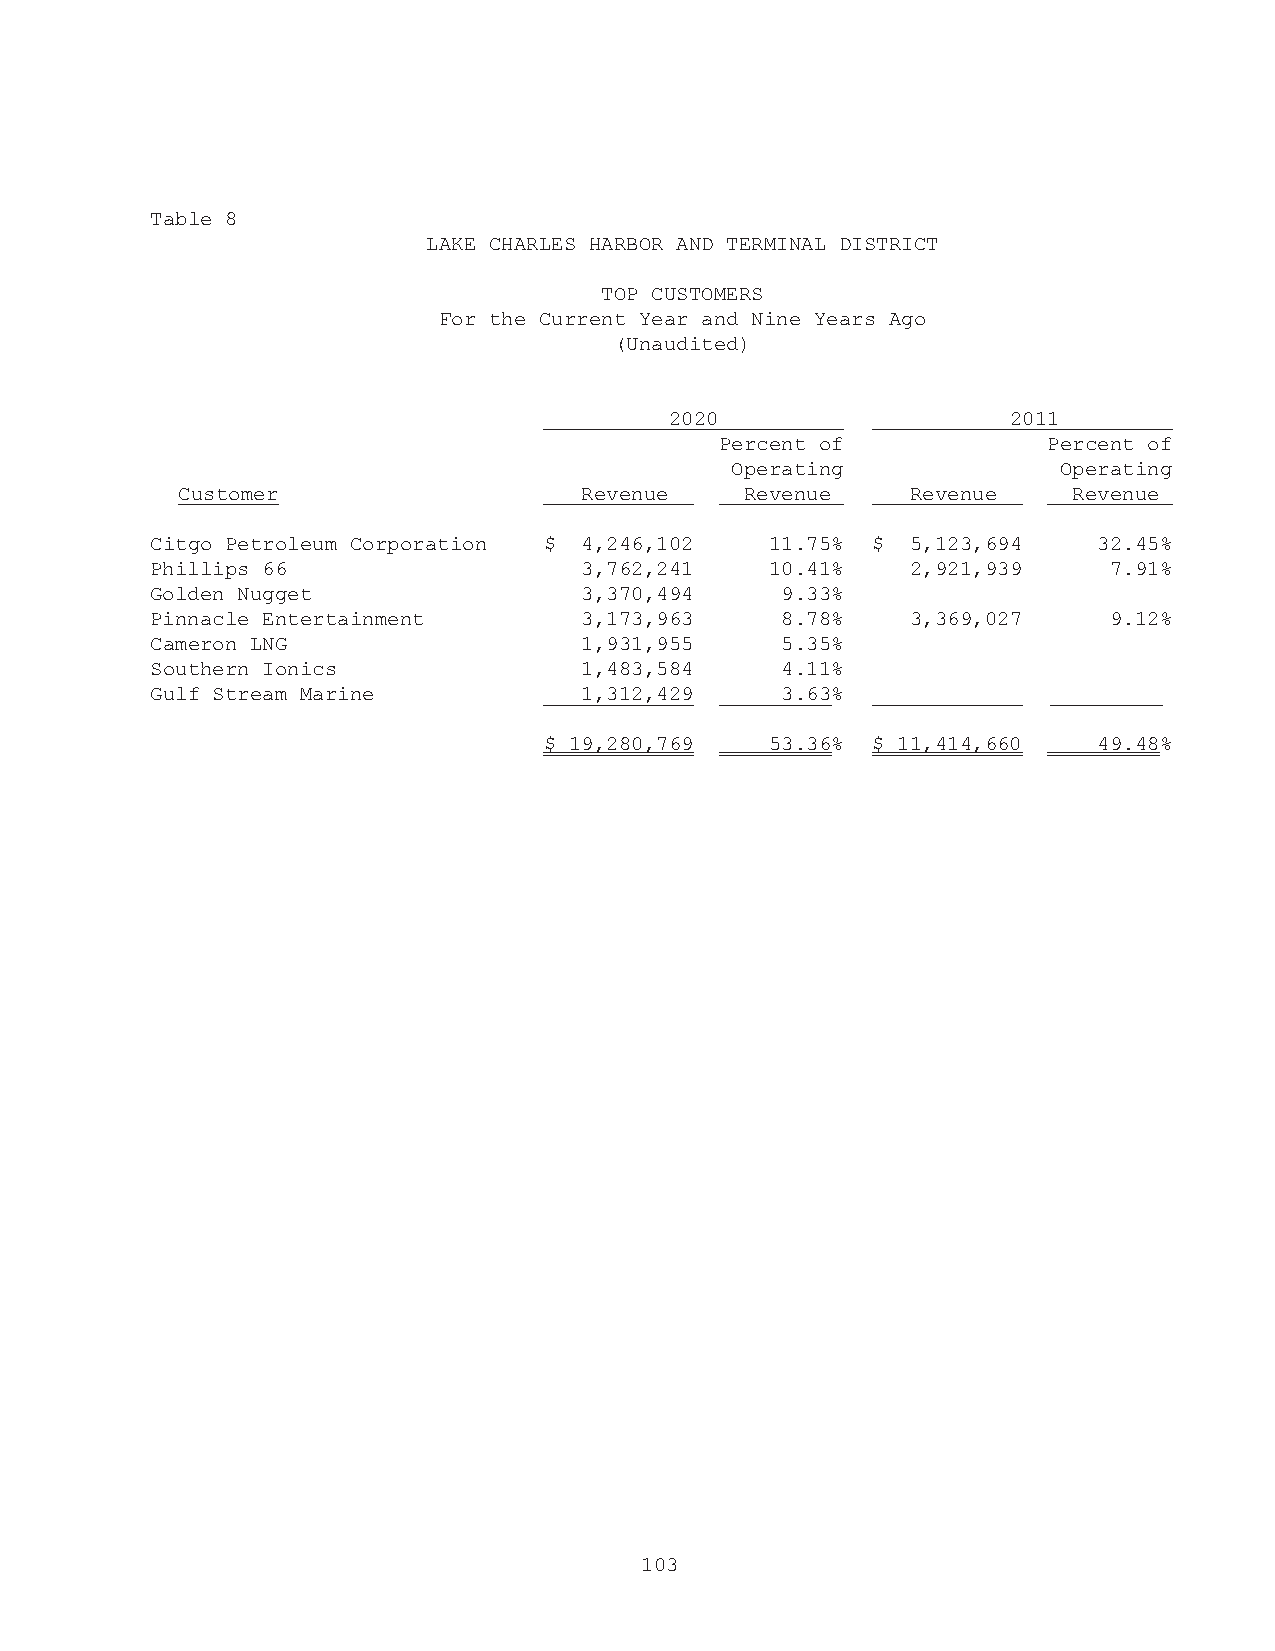
Table 8
 LAKE CHARLES HARBOR AND TERMINAL DISTRICT
 TOP CUSTOMERS
 For the Current Year and Nine Years Ago
 (Unaudited)
 2020                   2011
 Percent of           Percent of
 Operating             Operating
 Customer                  Revenue    Revenue    Revenue    Revenue
 Citgo Petroleum Corporation $ 4,246,102  11.75% $ 5,123,694    32.45%
 Phillips 66                 3,762,241    10.41%   2,921,939    7.91%
 Golden Nugget               3,370,494     9.33%
 Pinnacle Entertainment      3,173,963     8.78%   3,369,027    9.12%
 Cameron LNG                 1,931,955     5.35%
 Southern Ionics             1,483,584     4.11%
 Gulf Stream Marine          1,312,429     3.63%
 $ 19,280,769   53.36% $ 11,414,660   49.48%
 103